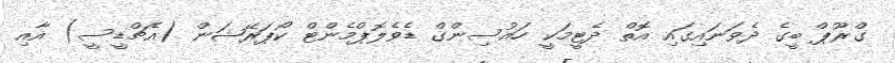
ގްރޫޕް ބީގެ ދެވަނައިގައި އޮތް ދެޓީމަކީ ހައުސިންގް ޑެވެލޮޕްމެންޓް ކޯޕަރޭޝަން (އެޗްޑީސީ) އާއި